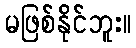
မဖြစ်နိုင်ဘူး။